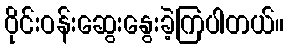
ဝိုင်းဝန်းဆွေးနွေးခဲ့ကြပါတယ်။